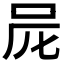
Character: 𠰨